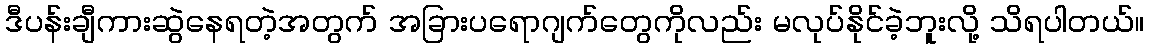
ဒီပန်းချီကားဆွဲနေရတဲ့အတွက် အခြားပရောဂျက်တွေကိုလည်း မလုပ်နိုင်ခဲ့ဘူးလို့ သိရပါတယ်။